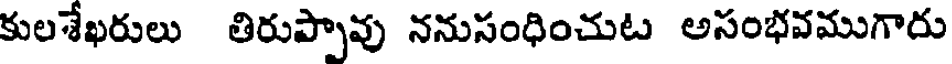
కులశేఖరులు తిరుప్పావు ననుసంధించుట అసంభవముగారు